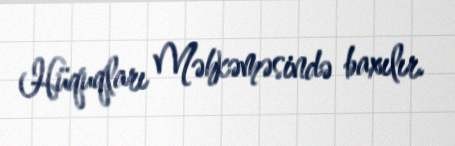
Hüquqları Məhkəməsində baxılır.